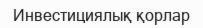
Инвестициялық қорлар